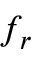
f _ { r }